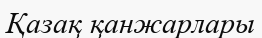
Қазақ қанжарлары